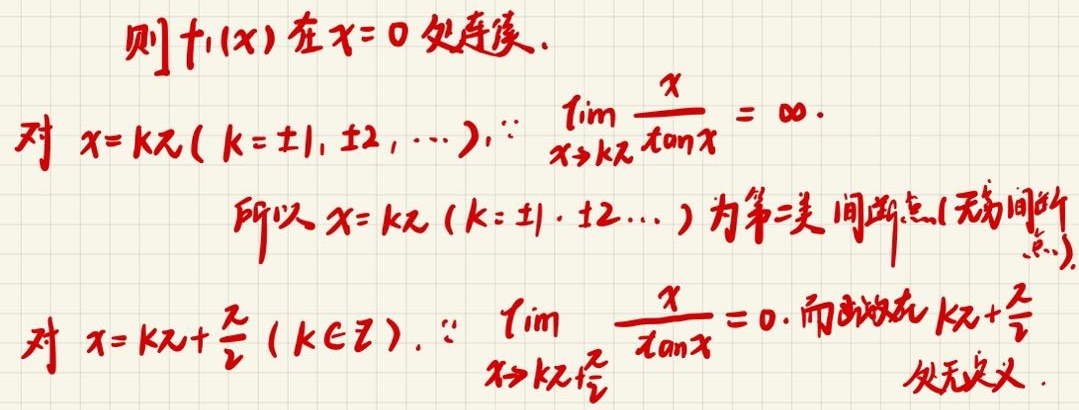
则$f_1(x)$在$x = 0$处连续.

对$x = k\pi(k = \pm1,\pm2,\cdots)$，$\because\lim_{x\rightarrow k\pi}\frac{x}{\tan x}=\infty$.

所以$x = k\pi(k = \pm1,\pm2,\cdots)$为第二类间断点(无穷间断点).

对$x = k\pi+\frac{\pi}{2}(k\in\mathbb{Z})$，$\because\lim_{x\rightarrow k\pi+\frac{\pi}{2}}\frac{x}{\tan x}=0$. 而函数在$k\pi+\frac{\pi}{2}$处无定义.